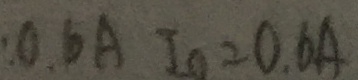
0 . 6 A I _ { 0 } = 0 . 6 A